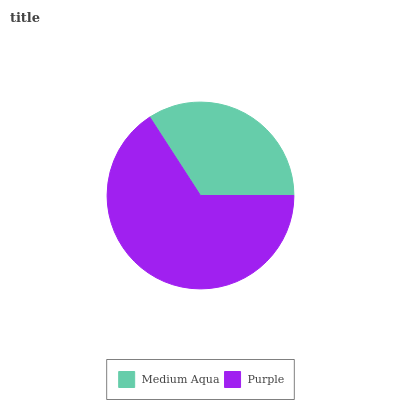
| Medium Aqua | Purple |
 | --- | --- |
 | 34.1% | 65.9% |